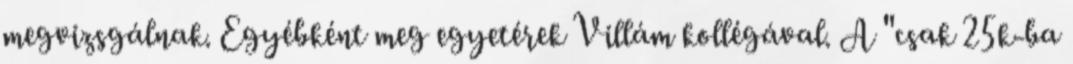
megvizsgálnak. Egyébként meg egyetérek Villám kollégával. A "csak 25k-ba